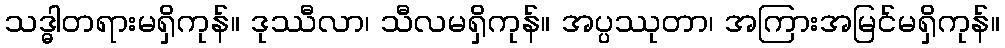
သဒ္ဓါတရားမရှိကုန်။ ဒုဿီလာ၊ သီလမရှိကုန်။ အပ္ပဿုတာ၊ အကြားအမြင်မရှိကုန်။